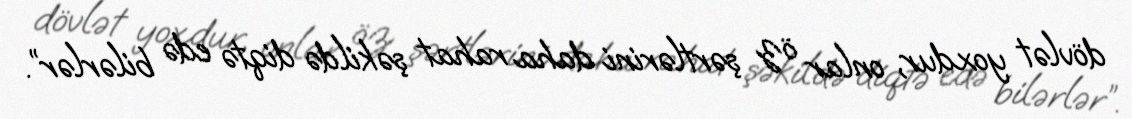
dövlət yoxdur, onlar öz şərtlərini daha rahat şəkildə diqtə edə bilərlər”.